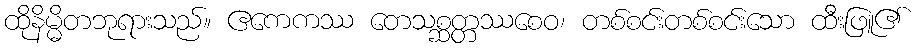
ထိုနိမ္မိတဘုရားသည်။ ဧကေကဿ တေသစ္ဆတ္တဿစေဝ၊ တစ်စင်းတစ်စင်းသော ထီးဖြူ၏